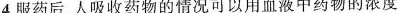
4.服药后，人吸收药物的情况可以用血液中药物的浓度